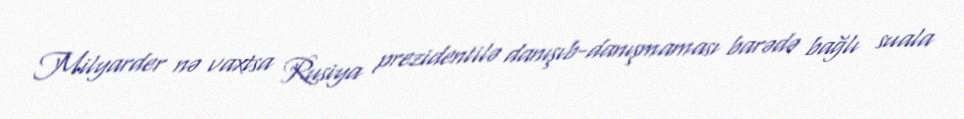
Milyarder nə vaxtsa Rusiya prezidentilə danışıb-danışmaması barədə bağlı suala